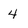
Character: 4